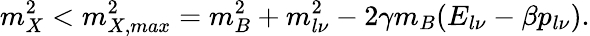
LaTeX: m_{X}^{2}<m_{X,max}^{2}=m_{B}^{2}+m_{l\nu}^{2}-2\gamma m_{B}(E_{l\nu}-\beta p_{l\nu}).